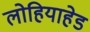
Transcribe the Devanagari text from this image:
लोहियाहेड